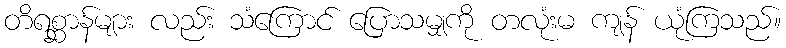
တိရစ္ဆာန်များ လည်း သံကြောင် ပြောသမျှကို တလုံးမ ကျန် ယုံကြသည်။